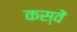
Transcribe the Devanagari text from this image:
कस्वें